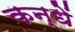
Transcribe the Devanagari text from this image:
कन्धें